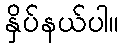
နှိပ်နယ်ပါ။